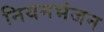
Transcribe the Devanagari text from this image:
नियमभंजन